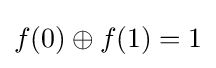
f(0)\oplus f(1)=1